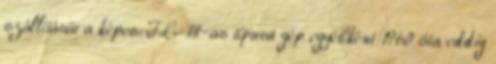
szállítására képes. IL-18-as típusú gép egyébként 1960 óta eddig